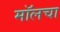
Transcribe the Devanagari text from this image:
मॉलचा